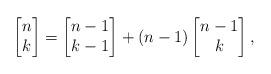
LaTeX: \begin{align*}\left [ \begin{matrix}n\\ k \end{matrix}\right]=\left [ \begin{matrix}n-1\\ k-1 \end{matrix}\right]+(n-1)\left [ \begin{matrix}n-1\\ k \end{matrix}\right],\end{align*}